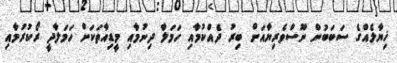
ޚިޔާލެއްގެ ސަބަބުން ނޫސްވެރިޔާއަށް ބިރު ދެއްކުމާއި ހަމަލާ ދިނުމާއި މީޑިއާތަކަށް ހަމަލާދީ ރޯކުރުމާއި